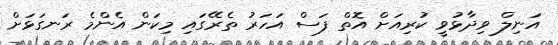
އަނިލް ވިދާޅުވީ ކުރިއަށް އޮތް ފަސް އަހަރު ތެރޭގައި މިކަން އެންމެ ރަނގަޅަށް